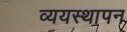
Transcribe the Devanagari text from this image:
व्ययस्थापन